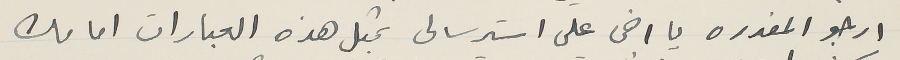
ارجو المعذره يا اخى على استرسالى بمثل هذه العبارات امامك